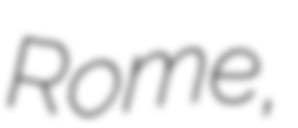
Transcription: Rome,